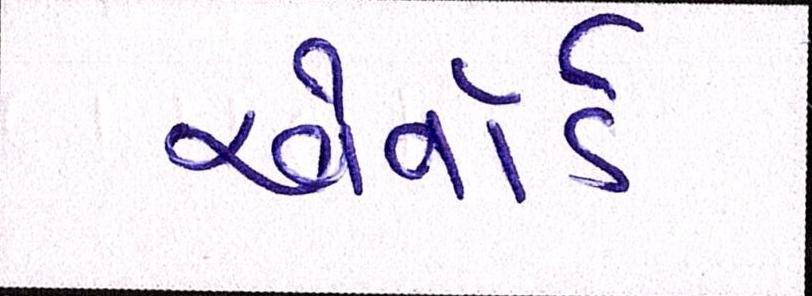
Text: એવૉર્ડ